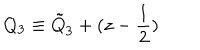
Q _ { 3 } \equiv { \tilde { Q } } _ { 3 } + ( z - { \frac { 1 } { 2 } } )